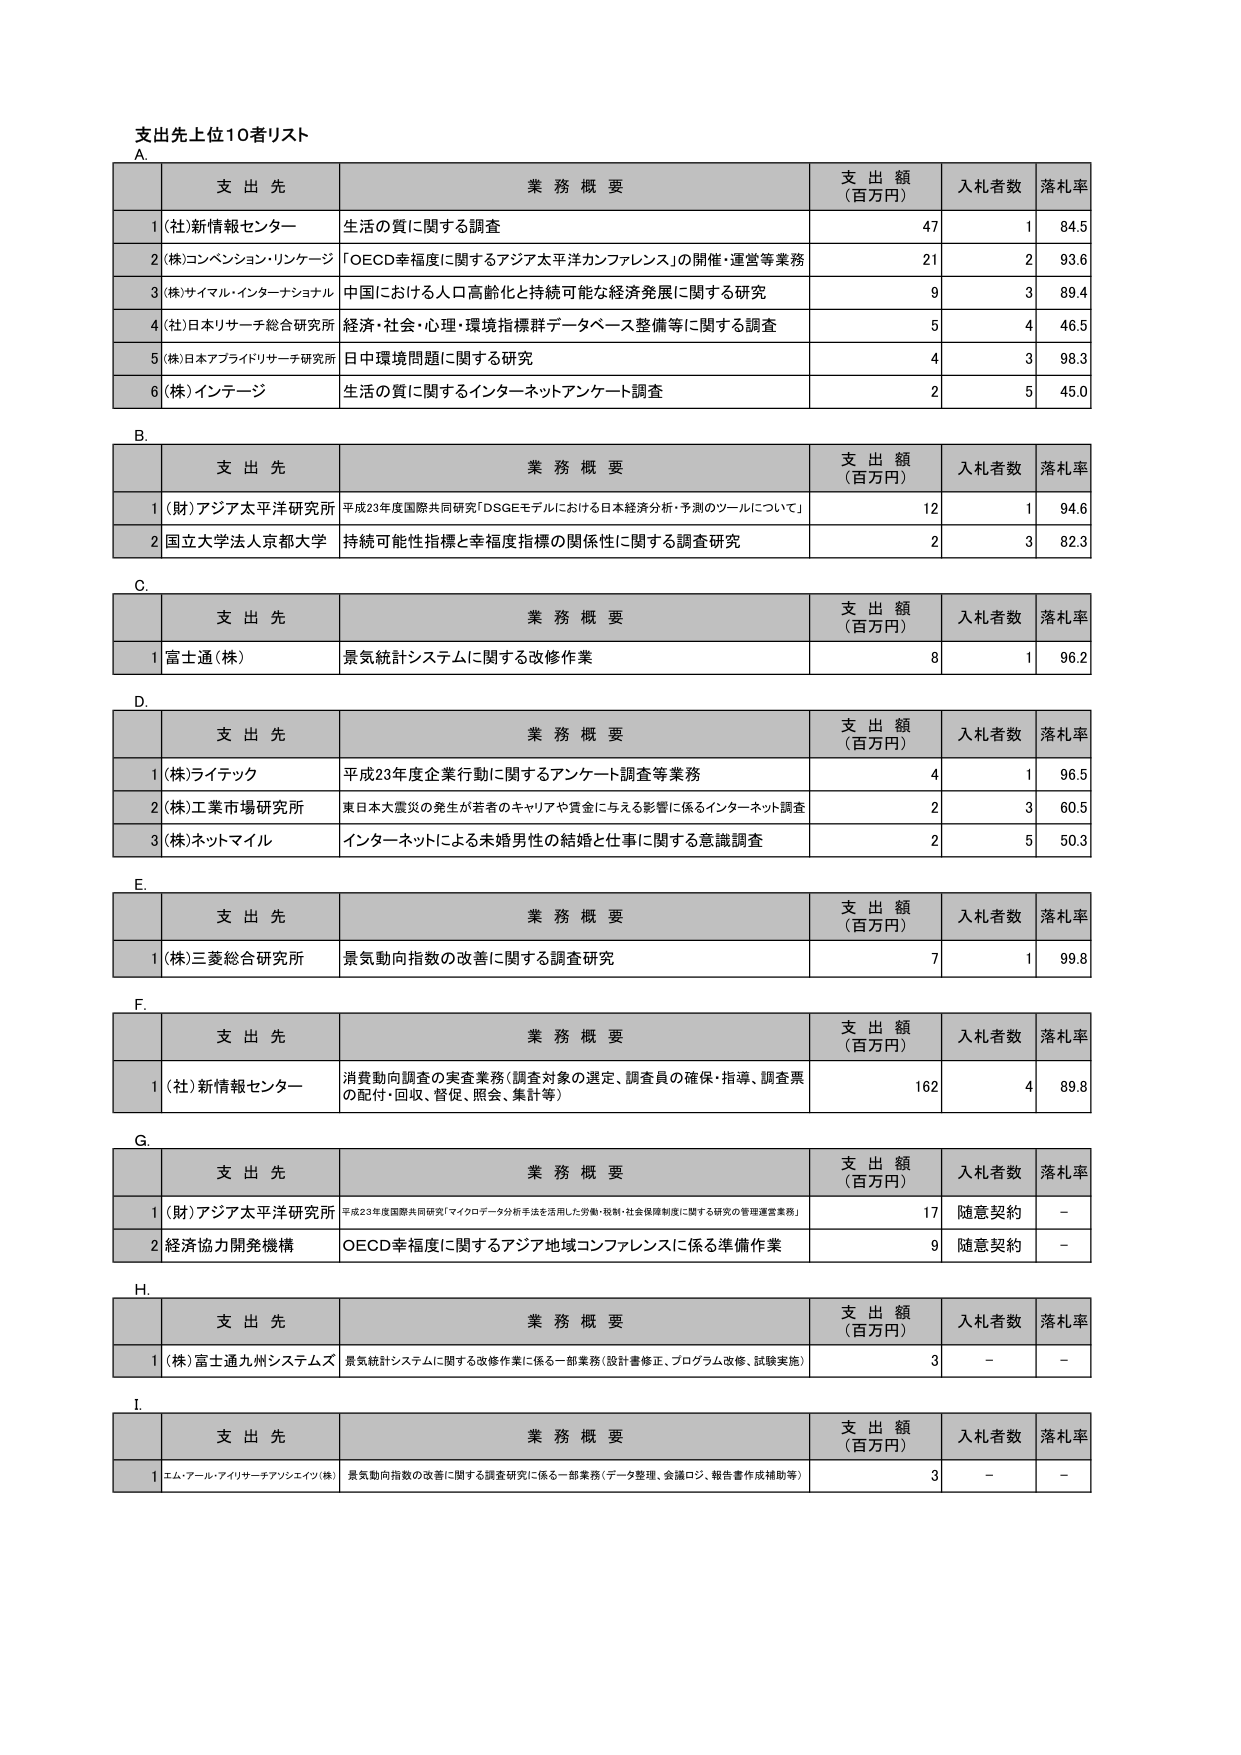
支 出 先 上 位 10 者 リ ス ト

A.
支 出 先 業 務 概 要 支 出 額 （ 百 万 円 ） 入 札 者 数 落 札 率
1 (社)新情報センター 生活の質に関する調査 47 1 84.5
2 (株)コンベンション・リンケージ 「OECD幸福度に関するアジア太平洋カンファレンス」の開催・運営等業務 21 2 93.6
3 (株)サイマル・インターナショナル 中国における人口高齢化と持続可能な経済発展に関する研究 9 3 89.4
4 (社)日本リサーチ総合研究所 経済・社会・心理・環境指標群データベース整備等に関する調査 5 4 46.5
5 (株)日本アプライドリサーチ研究所 日中環境問題に関する研究 4 3 98.3
6 (株)インテージ 生活の質に関するインターネットアンケート調査 2 5 45.0

B.
支 出 先 業 務 概 要 支 出 額 （ 百 万 円 ） 入 札 者 数 落 札 率
1 (財)アジア太平洋研究所 平成23年度国際共同研究「DSGEモデルにおける日本経済分析・予測のツールについて」 12 1 94.6
2 国立大学法人京都大学 持続可能性指標と幸福度指標の関係性に関する調査研究 2 3 82.3

C.
支 出 先 業 務 概 要 支 出 額 （ 百 万 円 ） 入 札 者 数 落 札 率
1 富士通(株) 景気統計システムに関する改修作業 8 1 96.2

D.
支 出 先 業 務 概 要 支 出 額 （ 百 万 円 ） 入 札 者 数 落 札 率
1 (株)ライテック 平成23年度企業行動に関するアンケート調査等業務 4 1 96.5
2 (株)工業市場研究所 東日本大震災の発生が若者のキャリアや賃金に与える影響に係るインターネット調査 2 3 60.5
3 (株)ネットマイル インターネットによる未婚男性の結婚と仕事に関する意識調査 2 5 50.3

E.
支 出 先 業 務 概 要 支 出 額 （ 百 万 円 ） 入 札 者 数 落 札 率
1 (株)三菱総合研究所 景気動向指数の改善に関する調査研究 7 1 99.8

F.
支 出 先 業 務 概 要 支 出 額 （ 百 万 円 ） 入 札 者 数 落 札 率
1 (社)新情報センター 消費動向調査の実査業務（調査対象の選定、調査員の確保・指導、調査票の配付・回収、督促、照会、集計等） 162 4 89.8

G.
支 出 先 業 務 概 要 支 出 額 （ 百 万 円 ） 入 札 者 数 落 札 率
1 (財)アジア太平洋研究所 平成23年度国際共同研究「マイクロデータ分析手法を活用した労働・税制・社会保障制度に関する研究の管理運営業務」 17 随意契約 －
2 経済協力開発機構 OECD幸福度に関するアジア地域コンファレンスに係る準備作業 9 随意契約 －

H.
支 出 先 業 務 概 要 支 出 額 （ 百 万 円 ） 入 札 者 数 落 札 率
1 (株)富士通九州システムズ 景気統計システムに関する改修作業に係る一部業務（設計書修正、プログラム改修、試験実施） 3 － －

I.
支 出 先 業 務 概 要 支 出 額 （ 百 万 円 ） 入 札 者 数 落 札 率
1 エム・アール・アイリサーチアソシエイツ(株) 景気動向指数の改善に関する調査研究に係る一部業務（データ整理、会議ロジ、報告書作成補助等） 3 － －